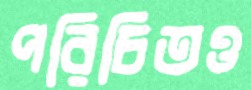
পরিচিতও